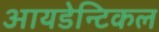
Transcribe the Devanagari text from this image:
आयडेन्टिकल